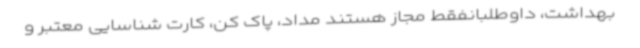
بهداشت، داوطلبانفقط مجاز هستند مداد، پاک کن، کارت شناسایی معتبر و